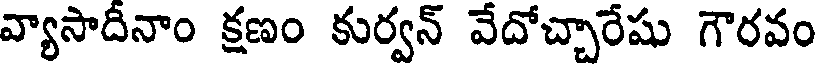
వ్యాసాదీనాం క్షణం కుర్వన్ వేదోచ్చారేషు గౌరవం